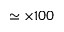
\simeq \times 1 0 0